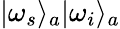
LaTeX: \vert\omega_{s}\rangle_{a}\vert\omega_{i}\rangle_{a}